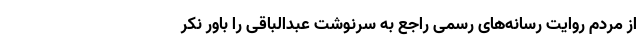
از مردم روایت رسانه‌های رسمی راجع به سرنوشت عبدالباقی را باور نکر